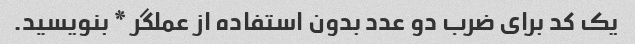
یک کد برای ضرب دو عدد بدون استفاده از عملگر * بنویسید.